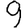
Digit: 9